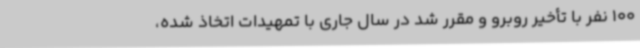
100 نفر با تأخیر روبرو و مقرر شد در سال جاری با تمهیدات اتخاذ شده،